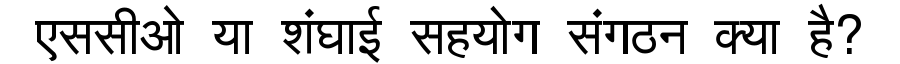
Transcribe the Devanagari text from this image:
एससीओ या शंघाई सहयोग संगठन क्या है?